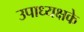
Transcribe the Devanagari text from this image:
उपाध्यक्षके